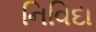
નિવિદા